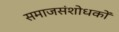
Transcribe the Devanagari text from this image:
समाजसंशोधकों